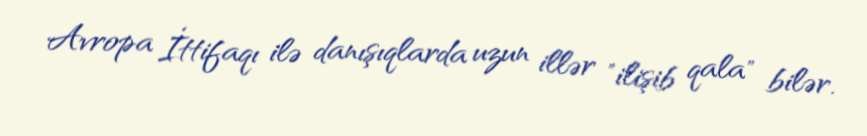
Avropa İttifaqı ilə danışıqlarda uzun illər "ilişib qala" bilər.